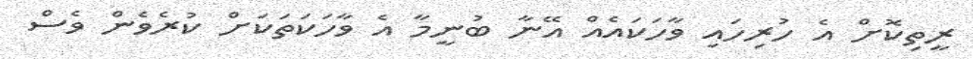
ރީތިކޮށް އެ ހުރިހައި ވާހަކައެއް އޭނާ ބުނީމާ އެ ވާހަކަތަކަށް ކުރެވެން ވެސް